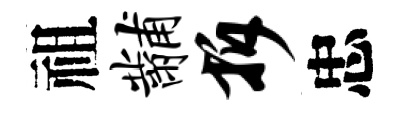
祖黼拆忠